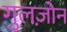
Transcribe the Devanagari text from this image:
गुलज़ोन